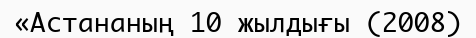
«Астананың 10 жылдығы (2008)